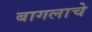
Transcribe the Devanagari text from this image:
बागलाचे